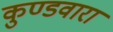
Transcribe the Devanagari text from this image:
कुण्डवारा